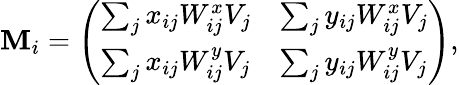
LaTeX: \mathbf{M}_{i}=\left(\begin{array}{ll}{\sum_{j}x_{ij}W_{ij}^{x}V_{j}}&{\sum_{j}y_{ij}W_{ij}^{x}V_{j}}\\ {\sum_{j}x_{ij}W_{ij}^{y}V_{j}}&{\sum_{j}y_{ij}W_{ij}^{y}V_{j}}\end{array}\right),